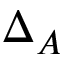
\Delta _ { A }